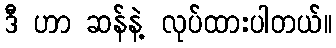
ဒီ ဟာ ဆန်နဲ့ လုပ်ထားပါတယ်။